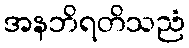
အနဘိရတိသညံ